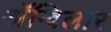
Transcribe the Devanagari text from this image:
अॅग्विलार